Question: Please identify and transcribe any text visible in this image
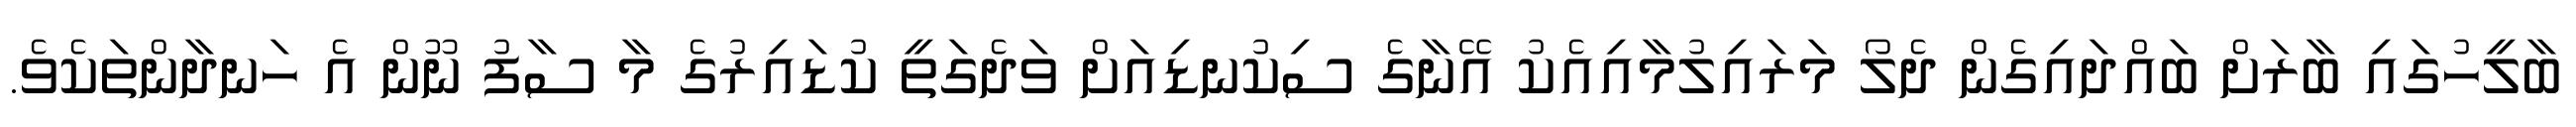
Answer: ބާލީހުގައި ބާރަށް ބައްދައިގެން ދެލޯ މަރައިލުމާއިއެކު އޭނާގެ ސިކުނޑިއަށް ވަދެގަތީ ކުޑައިރުގެ މާ ސާފު ނޫން އެ ހަނދާންތަކެވެ.